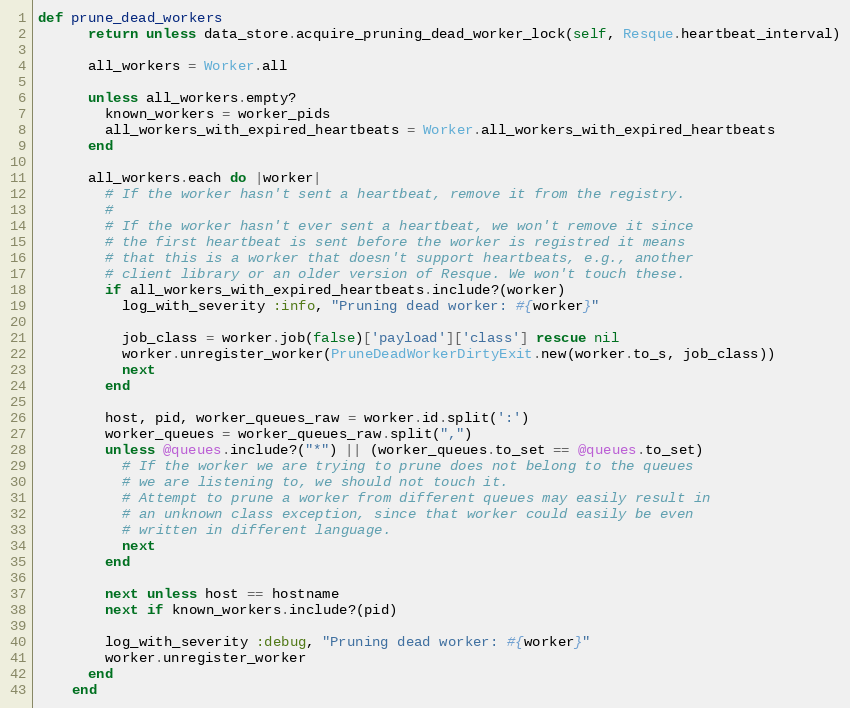
Language: Ruby
def prune_dead_workers
      return unless data_store.acquire_pruning_dead_worker_lock(self, Resque.heartbeat_interval)

      all_workers = Worker.all

      unless all_workers.empty?
        known_workers = worker_pids
        all_workers_with_expired_heartbeats = Worker.all_workers_with_expired_heartbeats
      end

      all_workers.each do |worker|
        # If the worker hasn't sent a heartbeat, remove it from the registry.
        #
        # If the worker hasn't ever sent a heartbeat, we won't remove it since
        # the first heartbeat is sent before the worker is registred it means
        # that this is a worker that doesn't support heartbeats, e.g., another
        # client library or an older version of Resque. We won't touch these.
        if all_workers_with_expired_heartbeats.include?(worker)
          log_with_severity :info, "Pruning dead worker: #{worker}"

          job_class = worker.job(false)['payload']['class'] rescue nil
          worker.unregister_worker(PruneDeadWorkerDirtyExit.new(worker.to_s, job_class))
          next
        end

        host, pid, worker_queues_raw = worker.id.split(':')
        worker_queues = worker_queues_raw.split(",")
        unless @queues.include?("*") || (worker_queues.to_set == @queues.to_set)
          # If the worker we are trying to prune does not belong to the queues
          # we are listening to, we should not touch it.
          # Attempt to prune a worker from different queues may easily result in
          # an unknown class exception, since that worker could easily be even
          # written in different language.
          next
        end

        next unless host == hostname
        next if known_workers.include?(pid)

        log_with_severity :debug, "Pruning dead worker: #{worker}"
        worker.unregister_worker
      end
    end